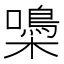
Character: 𡂢